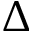
\Delta